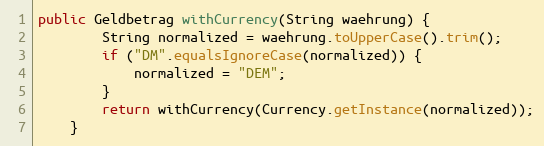
Language: Java
public Geldbetrag withCurrency(String waehrung) {
        String normalized = waehrung.toUpperCase().trim();
        if ("DM".equalsIgnoreCase(normalized)) {
            normalized = "DEM";
        }
        return withCurrency(Currency.getInstance(normalized));
    }